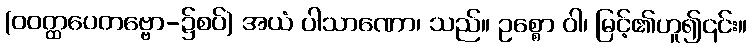
(ဝဝတ္ထပေတဗ္ဗော-၌စပ်) အယံ ပါသာဏော၊ သည်။ ဥစ္စော ဝါ၊ မြင့်၏ဟူ၍၎င်း။